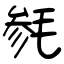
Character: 毵